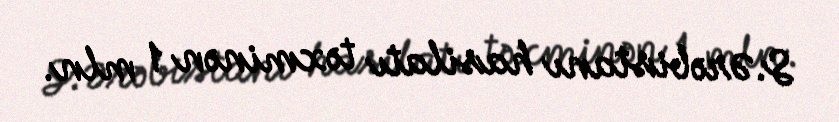
S.Ərəbistanı hasilatı təxminən 1 mln.